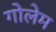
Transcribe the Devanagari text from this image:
गोलेम